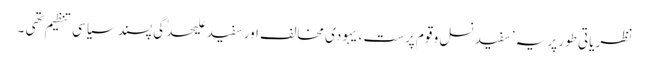
نظریاتی طور پر یہ ’ سفید نسل و قوم پرست ، یہودی مخالف اور سفید علیحدٰگی پسند سیاسی تنظیم تھی ۔